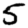
Digit: 5